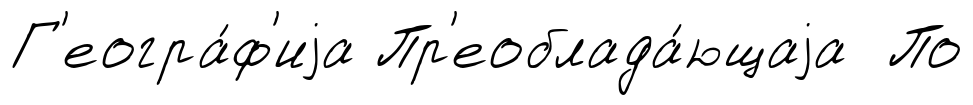
Г'еогра́ф'иjа Пр'еоблада́ющаjа По